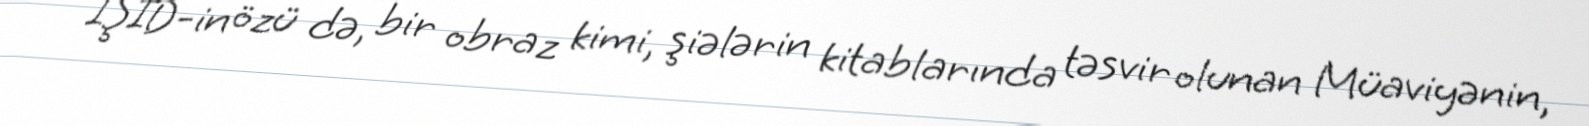
İŞİD-in özü də, bir obraz kimi, şiələrin kitablarında təsvir olunan Müaviyənin,